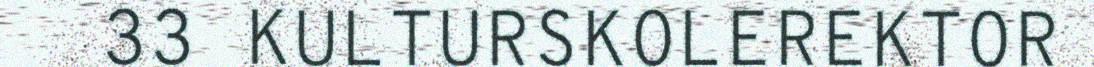
33 KULTURSKOLEREKTOR